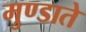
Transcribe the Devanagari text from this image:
मुण्डाते